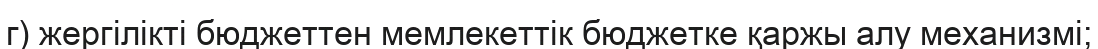
г) жергілікті бюджеттен мемлекеттік бюджетке қаржы алу механизмі;